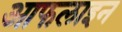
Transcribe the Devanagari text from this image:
आफलाइन